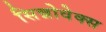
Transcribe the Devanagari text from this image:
सिन्नोवेक्स